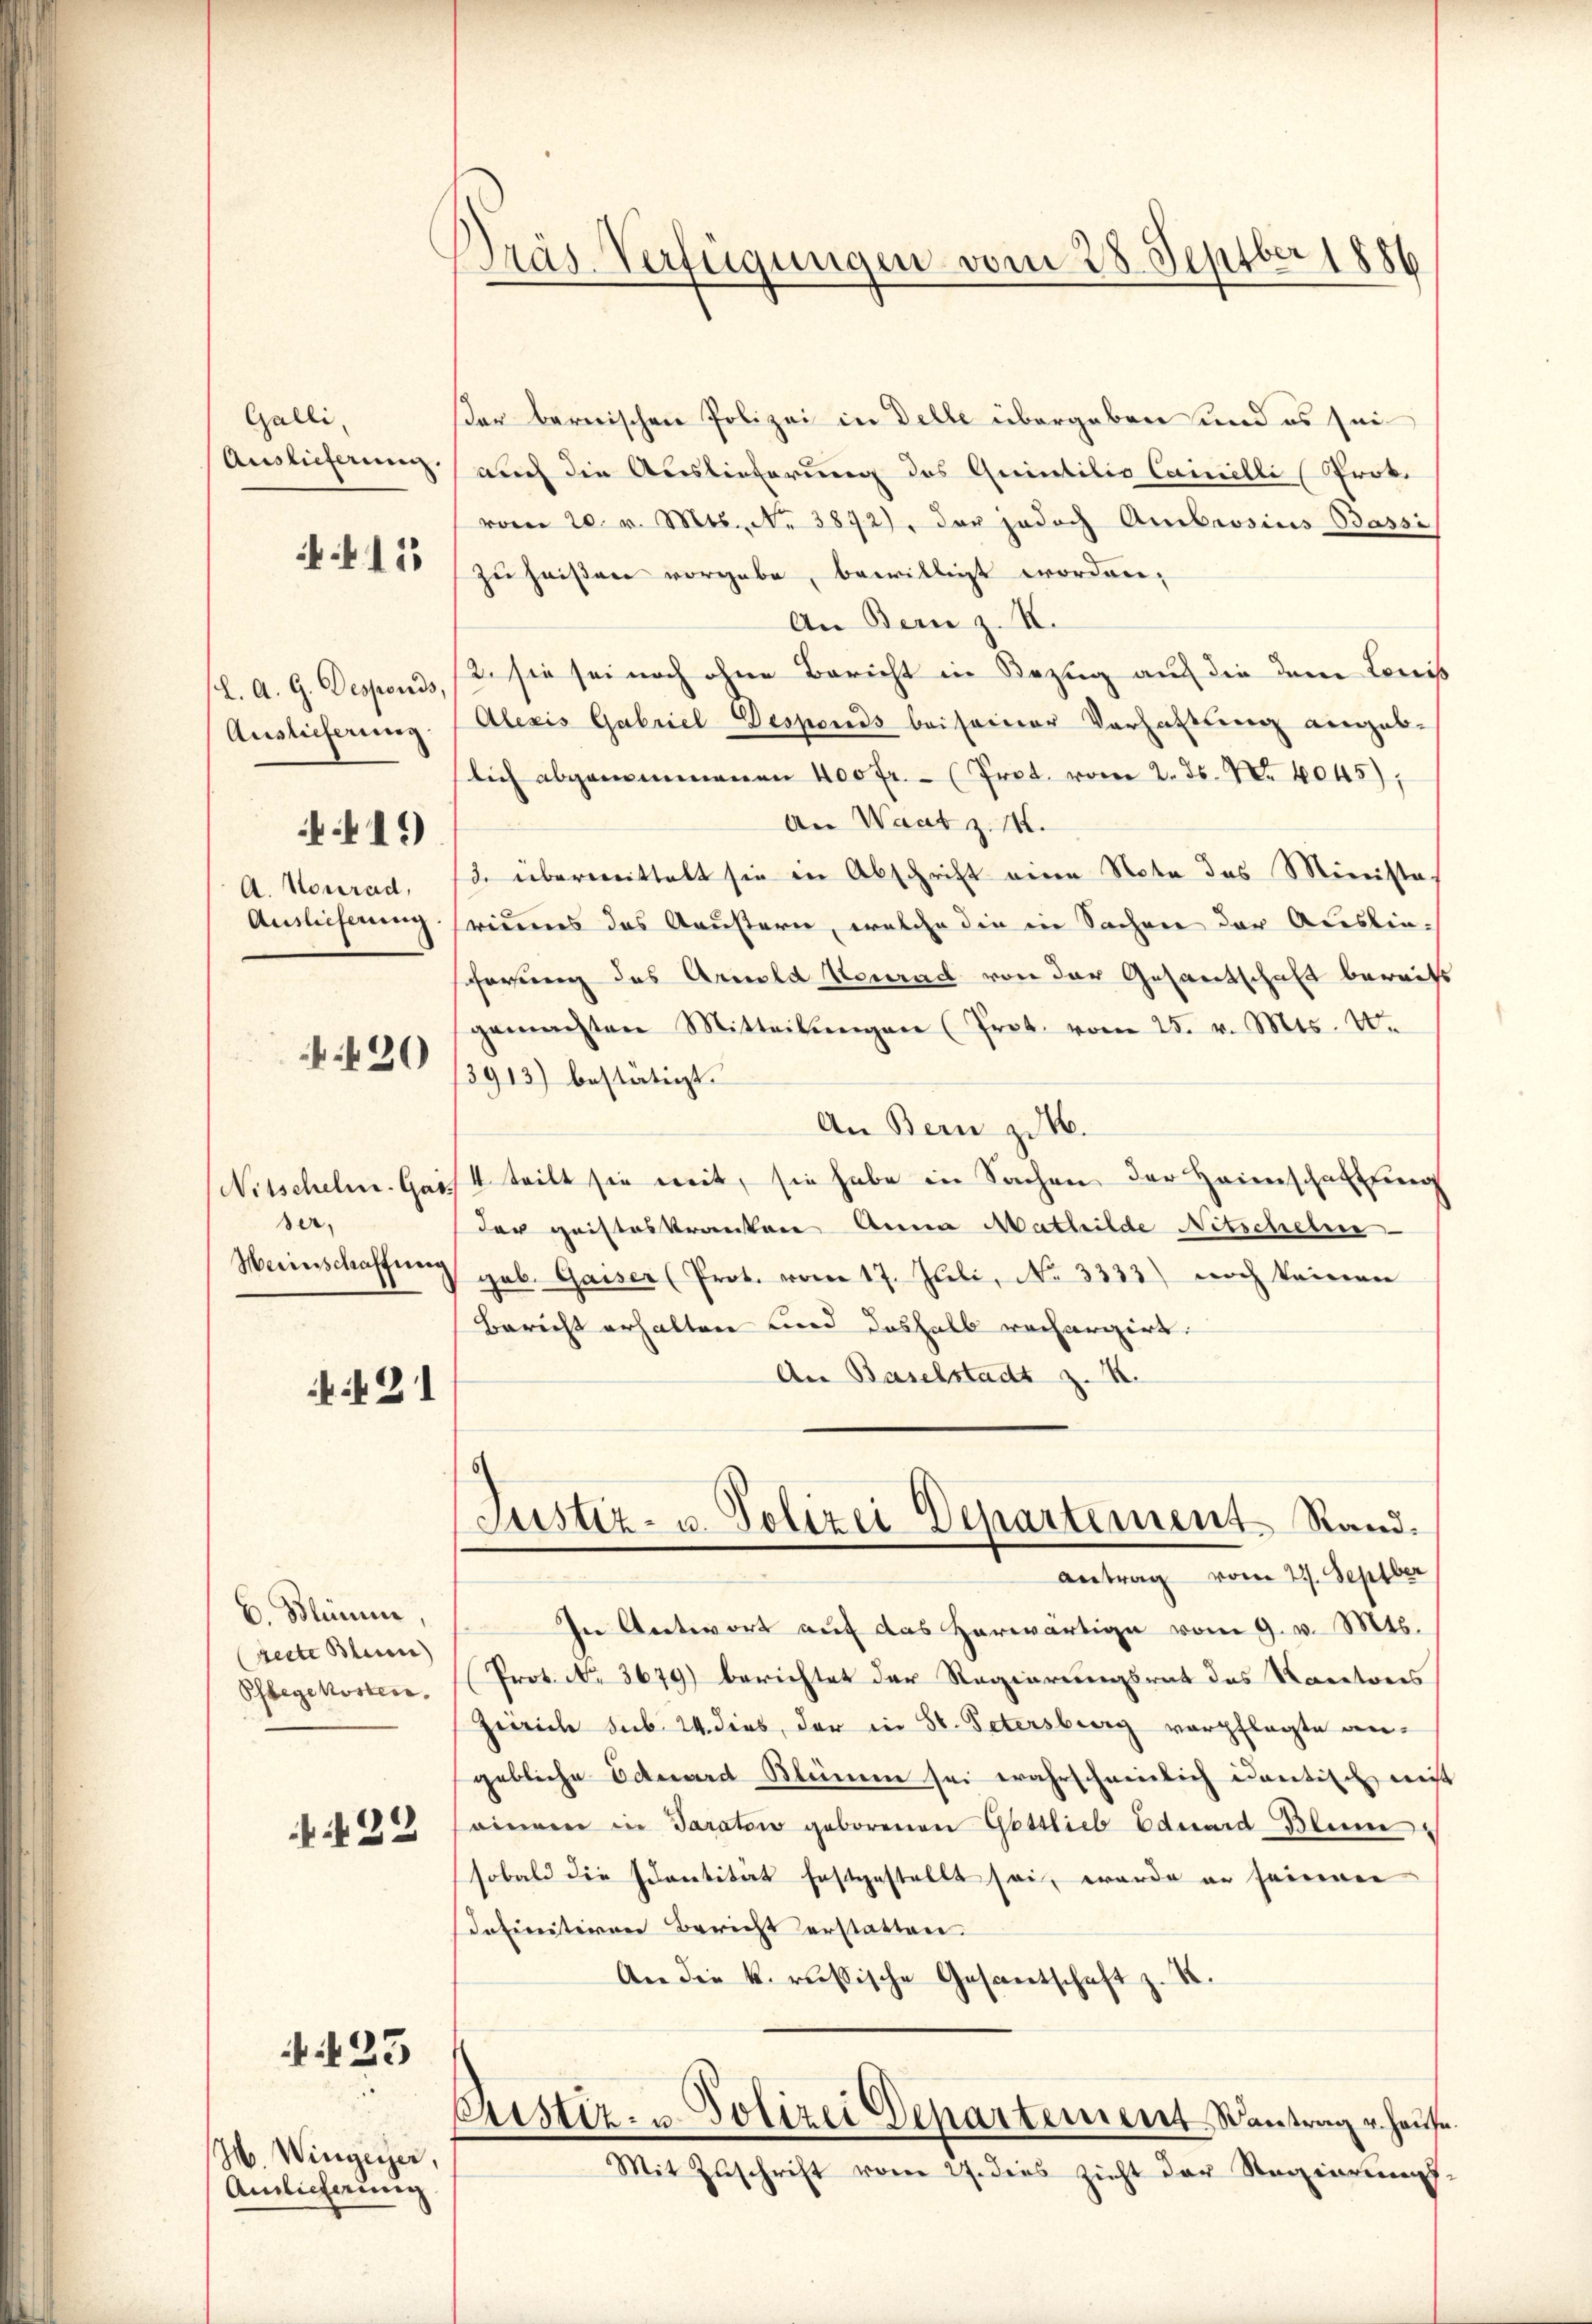
Galli,
Auslieferung.

15

L. A. G. Desponds,
Auslieferung

A. Konrad,
Auslieferung

41.)

430

Nitschelm Gas
der,
Weinschaffung

21

C. Blümer,
recte Bleise)
Pflegekosten.

.422

N 23

H. Wingerer,
Amlicheinig

Präs. Verfügungen vom 28. Septber 1886

er bernischen Polizei in Delle übergeben und es sei
auch die Auslieferung des Quintilio Cancelli (Prok.
vom 20. v. Mts., No 3872), das jedoch Ambrosius Bassi
zu heißen vorgebe, bewilligt worden,
An Bern z. K.
2. sie sei noch ohne Bericht in Bezug auf die dem Conis
Alexis Gabriel Desponds bei seiner Verhaltung angeblich abgenommenen 400 fr. - (Prot. vom 2. ds. Nr. 4045),
An Want z. M.
/3. überwittelt sie in Abschrift eine Nota das Ministes
rimes das Aeustern, welche die in Sachen der Ausliescherung des Arnold Neurad von der Gesantschaft bereits
gemachten Mitteilŭngen (Prot. vom 25. v. Mts. w.
3913) bestätigt.
An Bern zu 4.
4 teilt sie mit, sie habe in Sachen der Heimschaftung
der gristeskranken Anna Mathilde Nitscheine
gub. Gaiser (Prot. vom 17. Juli, No 3333) noch keinen
Bericht erhalten und deshalb rechargirt.
An Baselstadt z. B.
Justiz- u. Polizei Departement Stand.
Antrag vom 27. Septber
In Antwort auf das herwärtige vom 9. v. Mts.
Prot. No. 3679) berichtet der Regierungsrat das Rectores
Zürich sub. 24. dies, der in St. Petersberg verpflegte angebliche Edward Kleinem sei wahrscheinlich cantisch mit
einem in Parativ geborenen Gottlieb Eduard Blume
sobald die scantität festgestellt sei, worde en seinen
definitiven Bericht erstatten.
An die k. russische Gesantschaft z. K.
1
Cristiz- u. Polizei Departement Santrag u. Hause.
Mit Zŭschrift vom 27. dies zieht der Regierŭngs,